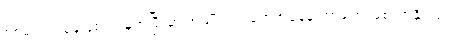
စစ်မက်တစ်ခုဖြစ်ပွားမှုအပြီးမှာ အမျိုးသားတွေအနေနဲ့ ဘာတွေ ဖြစ်လာနိုင်သလဲ။